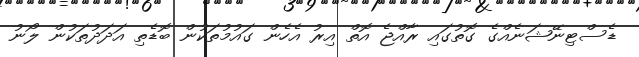
ޑެސްޓިނޭޝަނެއްގެ ގޮތުގައި ރާއްޖެ އޮތް އިރު އެހެން ގައުމުތަކުން ބޮޑެތި އަދަދުތަކުން ލޯނު